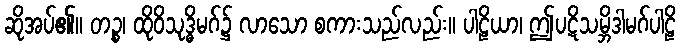
ဆိုအပ်၏။ တဉ္စ၊ ထိုဝိသုဒ္ဓိမဂ်၌ လာသော စကားသည်လည်း။ ပါဠိယာ၊ ဤပဋိသမ္ဘိဒါမဂ်ပါဠိ